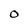
Character: O